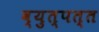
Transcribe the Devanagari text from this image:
व्युत्पत्त